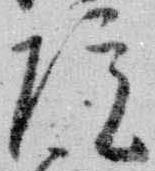
院